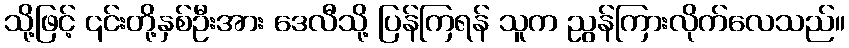
သို့ဖြင့် ၎င်းတို့နှစ်ဦးအား ဒေလီသို့ ပြန်ကြရန် သူက ညွန်ကြားလိုက်လေသည်။